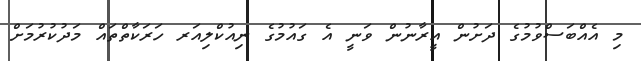
މި އެއްބަސްވުމުގެ ދަށުން އީރާނުން ވަނީ އެ ގައުމުގެ ނިއުކްލިއަރ ހަރަކާތްތައް މަދުކުރުމަށް